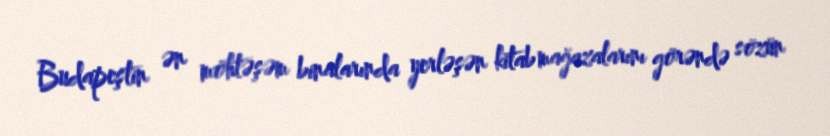
Budapeştin ən möhtəşəm binalarında yerləşən kitab mağazalarını görəndə sözün